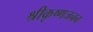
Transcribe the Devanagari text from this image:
श्रीकृष्णजनन